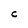
Character: C